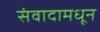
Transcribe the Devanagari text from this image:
संवादामधून